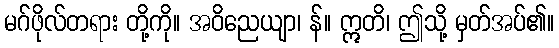
မဂ်ဖိုလ်တရား တို့ကို။ အဝိညေယျာ၊ န်။ ဣတိ၊ ဤသို့ မှတ်အပ်၏။